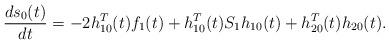
LaTeX: \begin{align*}\frac{ds_{0}(t)}{dt}=-2h_{10}^{T}(t)f_{1}(t)+h_{10}^{T}(t)S_{1}h_{10}(t)+h_{20}^{T}(t)h_{20}(t).\end{align*}